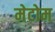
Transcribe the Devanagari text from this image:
मेटोम